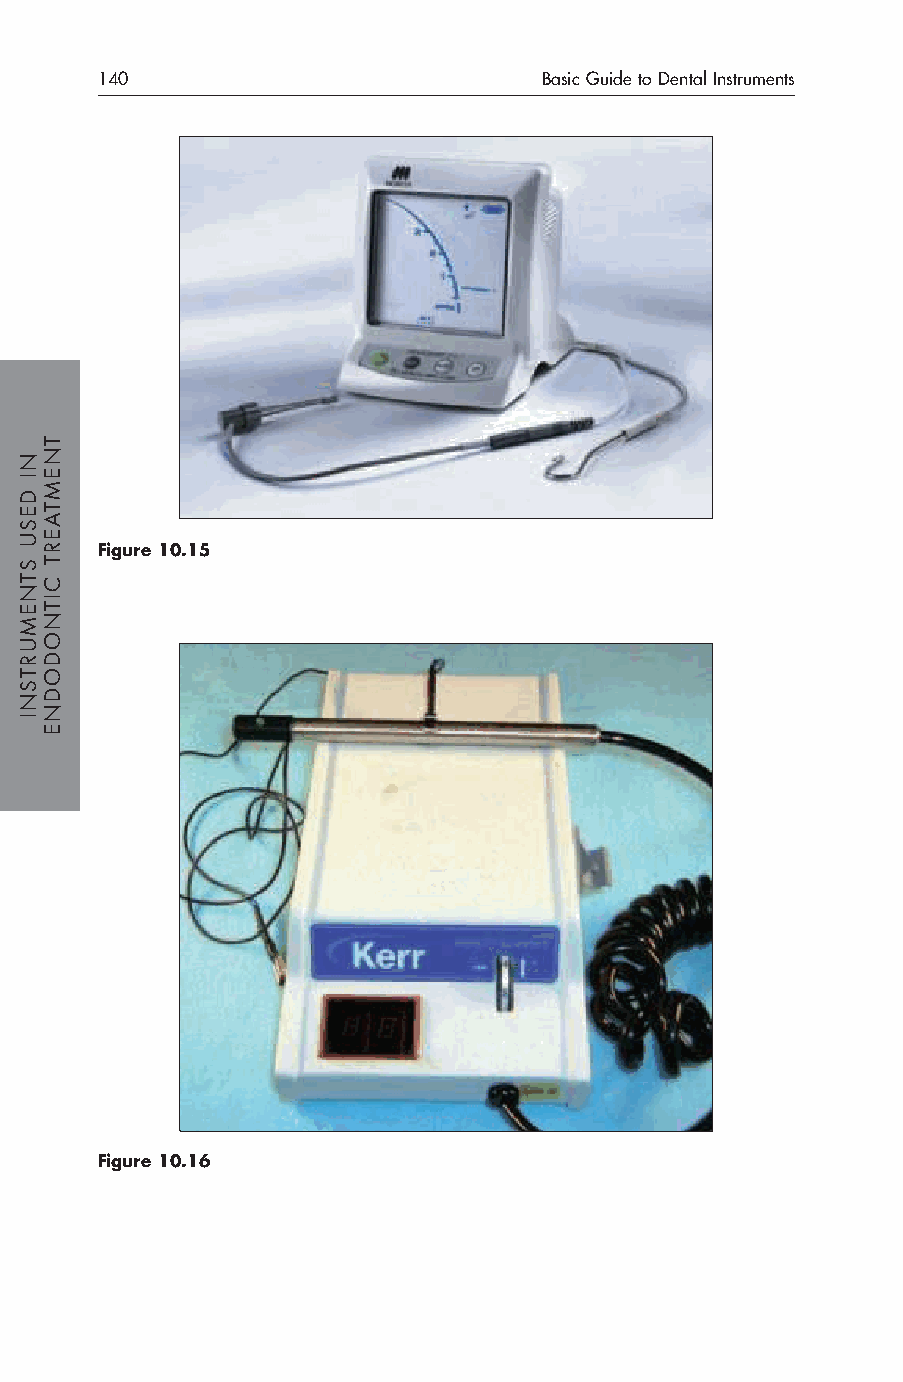
140                           Basic Guide to Dental Instruments
 Figure 10.15
 Figure 10.16
 NI
 DESU
 STNEMURTSNI
 TNEMTAERT
 CITNODODNE